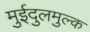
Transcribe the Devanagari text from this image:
मुईदुलमुल्क